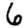
Digit: 6